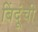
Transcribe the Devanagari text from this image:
बिंदूंची